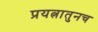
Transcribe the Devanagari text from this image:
प्रयत्नातुनच